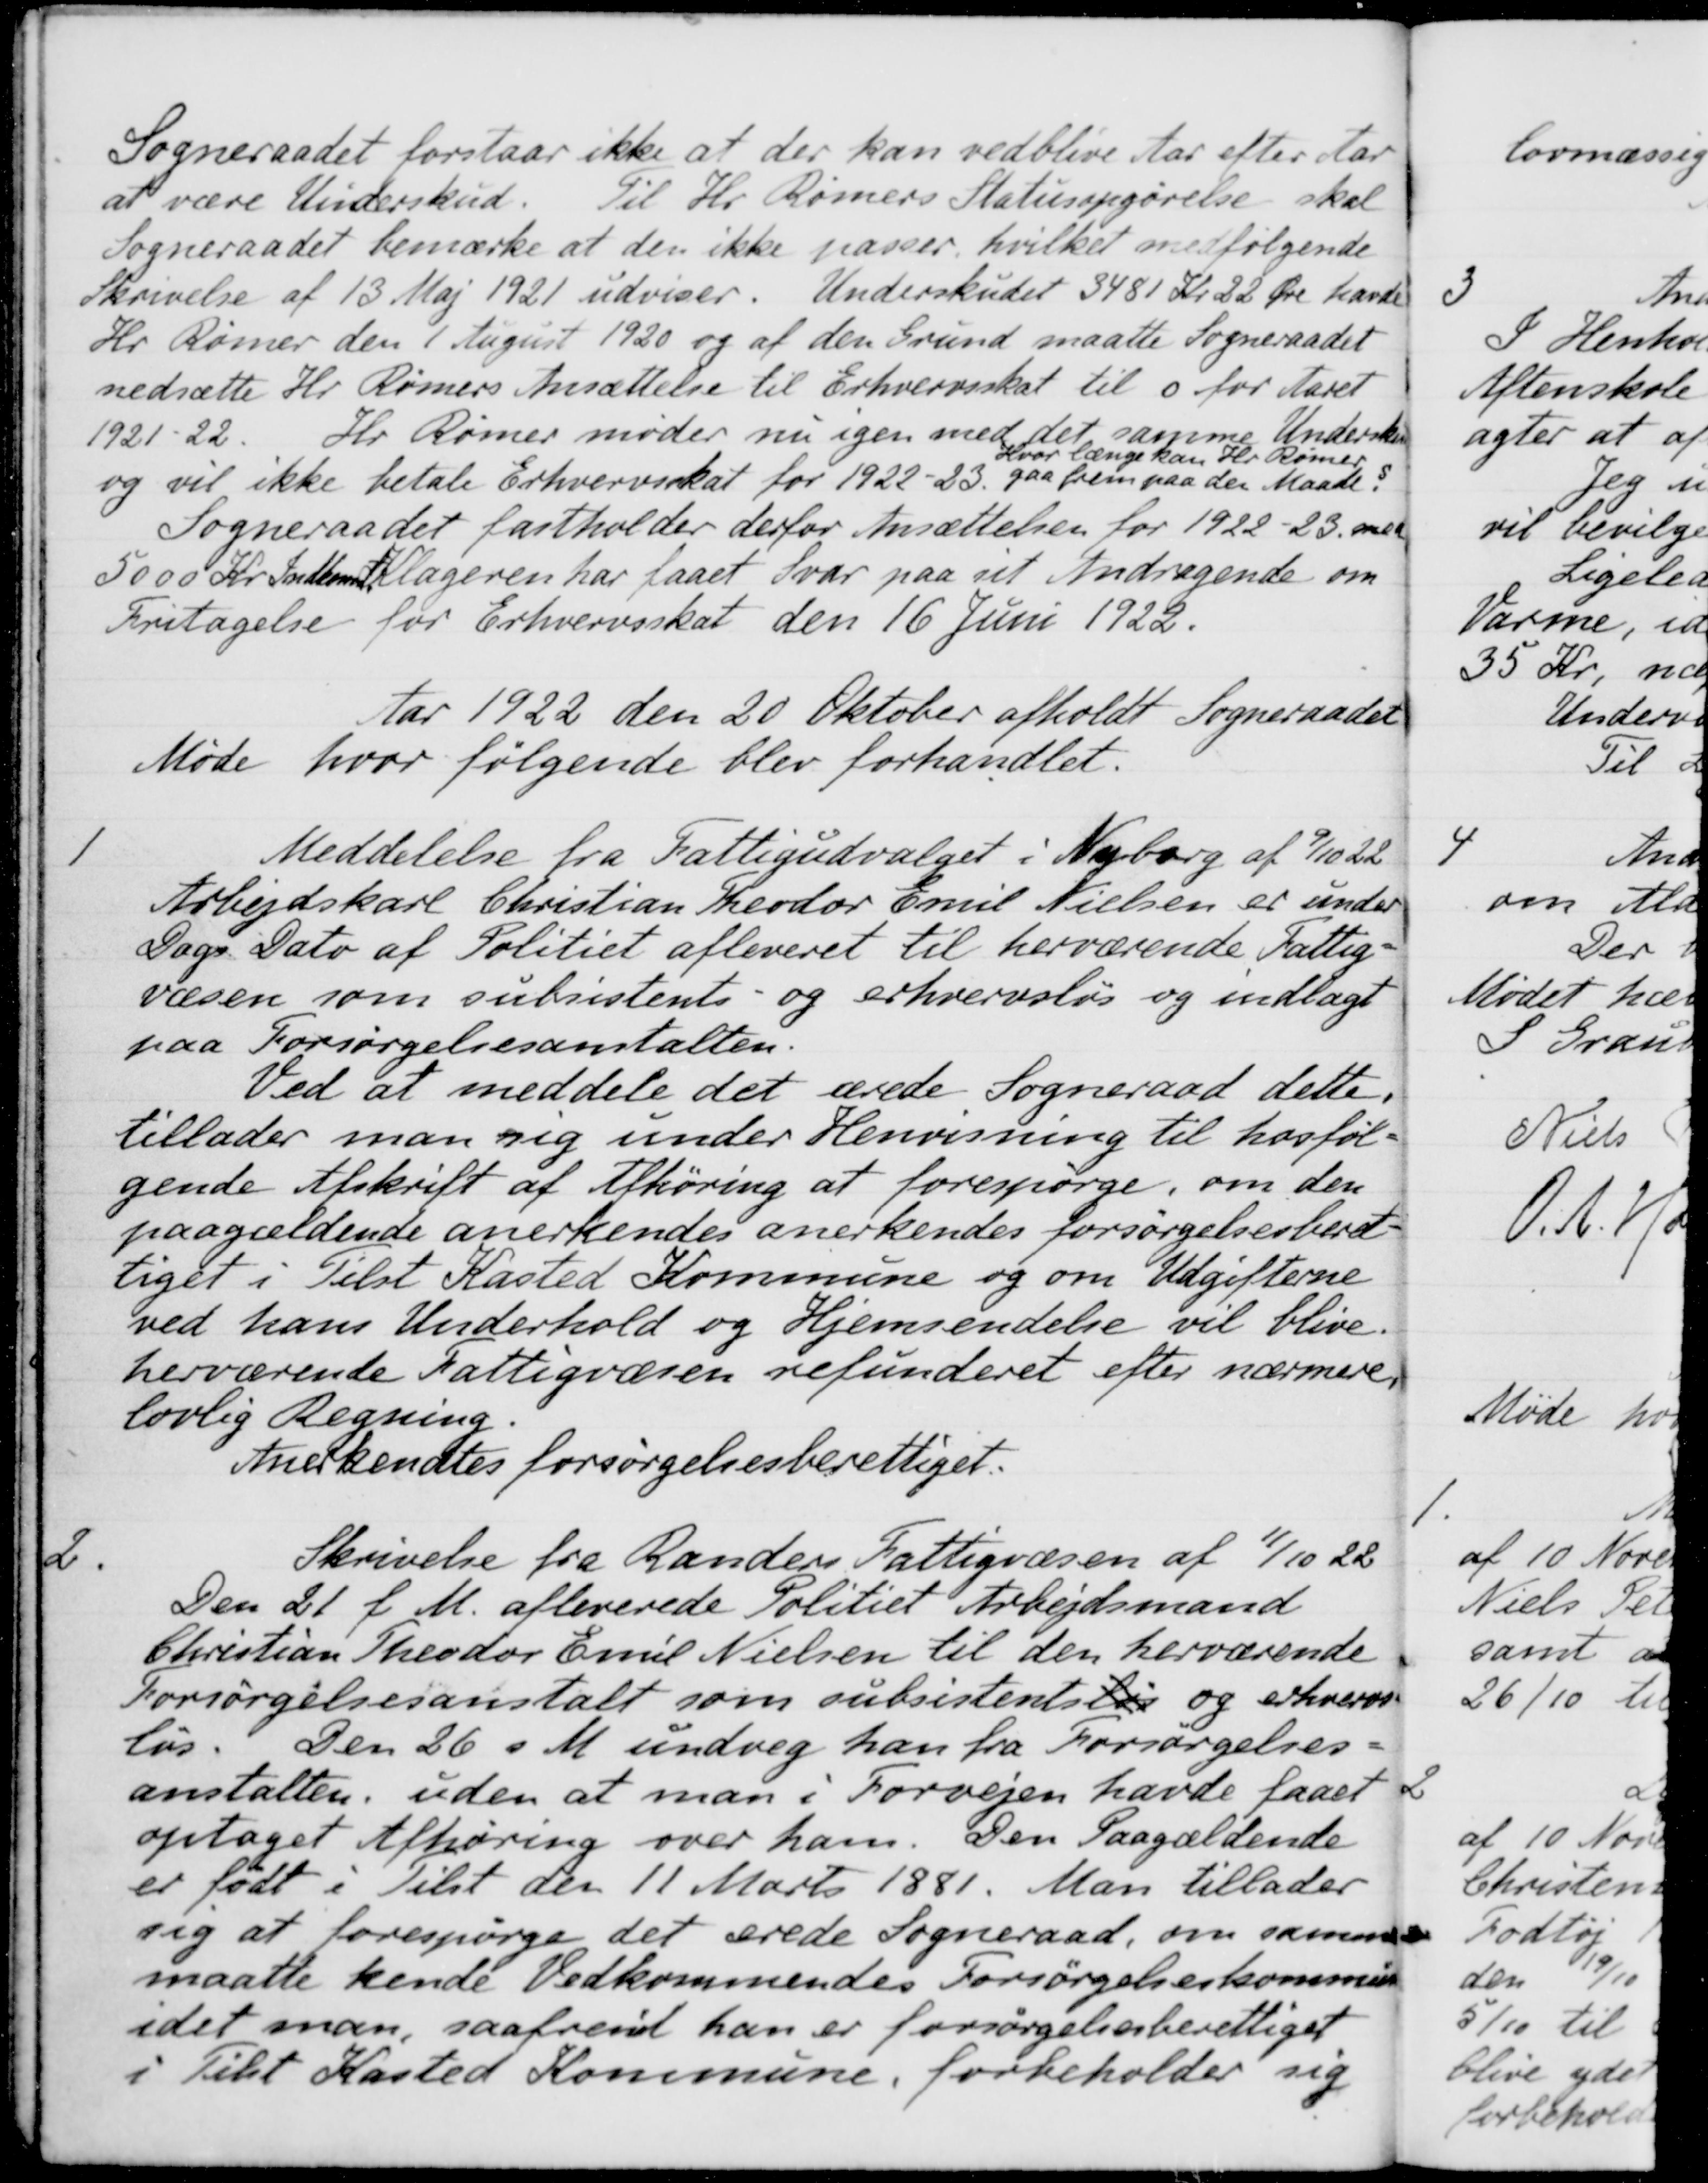
Transskription:
Sogneraadet forstaar ikke at der kan vedblive Aar efter Aar
at være Underskud. Til Hr. Rømers Statusopgørelse skal
Sogneraadet bemærke at den ikke passer, hvilket medfølgende
Skrivelse af 13 Maj 1921 udviser. Underskudet 3481 Kr. 22 Øre havde
Hr. Rømer den 1 August 1920 og af den Grund maatte Sogneraadet
nedsætte Hr. Rømers Ansættelse til Erhvervsskat til 0 for Aaret
1921-22. Hr. Rømer møder nu igen med det, samme Underskud
og vil ikke betale Erhvervsskat for 1922-23.
Hvor længe kan Hr Rømer
gaa frem paa der Maade?
Sogneraadet fastholder derfor Ansættelsen for 1922-23. mel
5000 Kr. Indkomst. Klageren har faaet Svar paa sit Andragende om
Fritagelse for Erhvervsskat den 16 Juni 1922.
Aar 1922 den 20 Oktober afholdt Sogneraadet
Møde hvor følgende blev forhandlet.
1
Meddelelse fra Fattigudvalget i Nyborg af 9/10 22
Arbejdskarl Christian Theodor Emil Nielsen er under
Dags Dato af Politiet afleveret til herværende Fattig-
væsen som subsistents- og erhvervsløs og indlagt
paa Forsørgelsesanstalten.
Ved at meddele det ærede Sogneraad dette.
tillader man sig under Henvisning til hosføl-
gende Afskrift af Afhøring at forespørge, om den
paagældende anerkendes anerkendes forsørgelsesberet-
tiget i Tilst Kasted Kommune og om Udgifterne
ved hans Underhold og Hjemsendelse vil blive.
herværende Fattigvæsen refunderet efter nærmere
lovlig Regning
Anerkendtes forsørgelsesberettiget.
2.
Skrivelse fra Randers Fattigvæsen af 11/10 22
Den 21 f. M. afleverede Politiet Arbejdsmand
Christian Theodor Emil Nielsen til den herværende
Forsørgelsesanstalt som subsistentsløs og erhvervs-
løs. Den 26 f M. undvig han fra Forsørgelses-
anstalten, uden at man i Forvejen havde faaet
optaget Afhøring over ham. Den Paagældende
er født i Tilst den 11 Marts 1881. Man tillader
sig at forespørge det ærede Sogneraad, om samme
maatte kende Vedkommendes Forsørgelseskommune
idet man, saafremt han er forsørgelsesberettiget
i Tilst Kasted Kommune, forbeholder sig